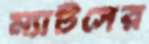
ম্যাটসের